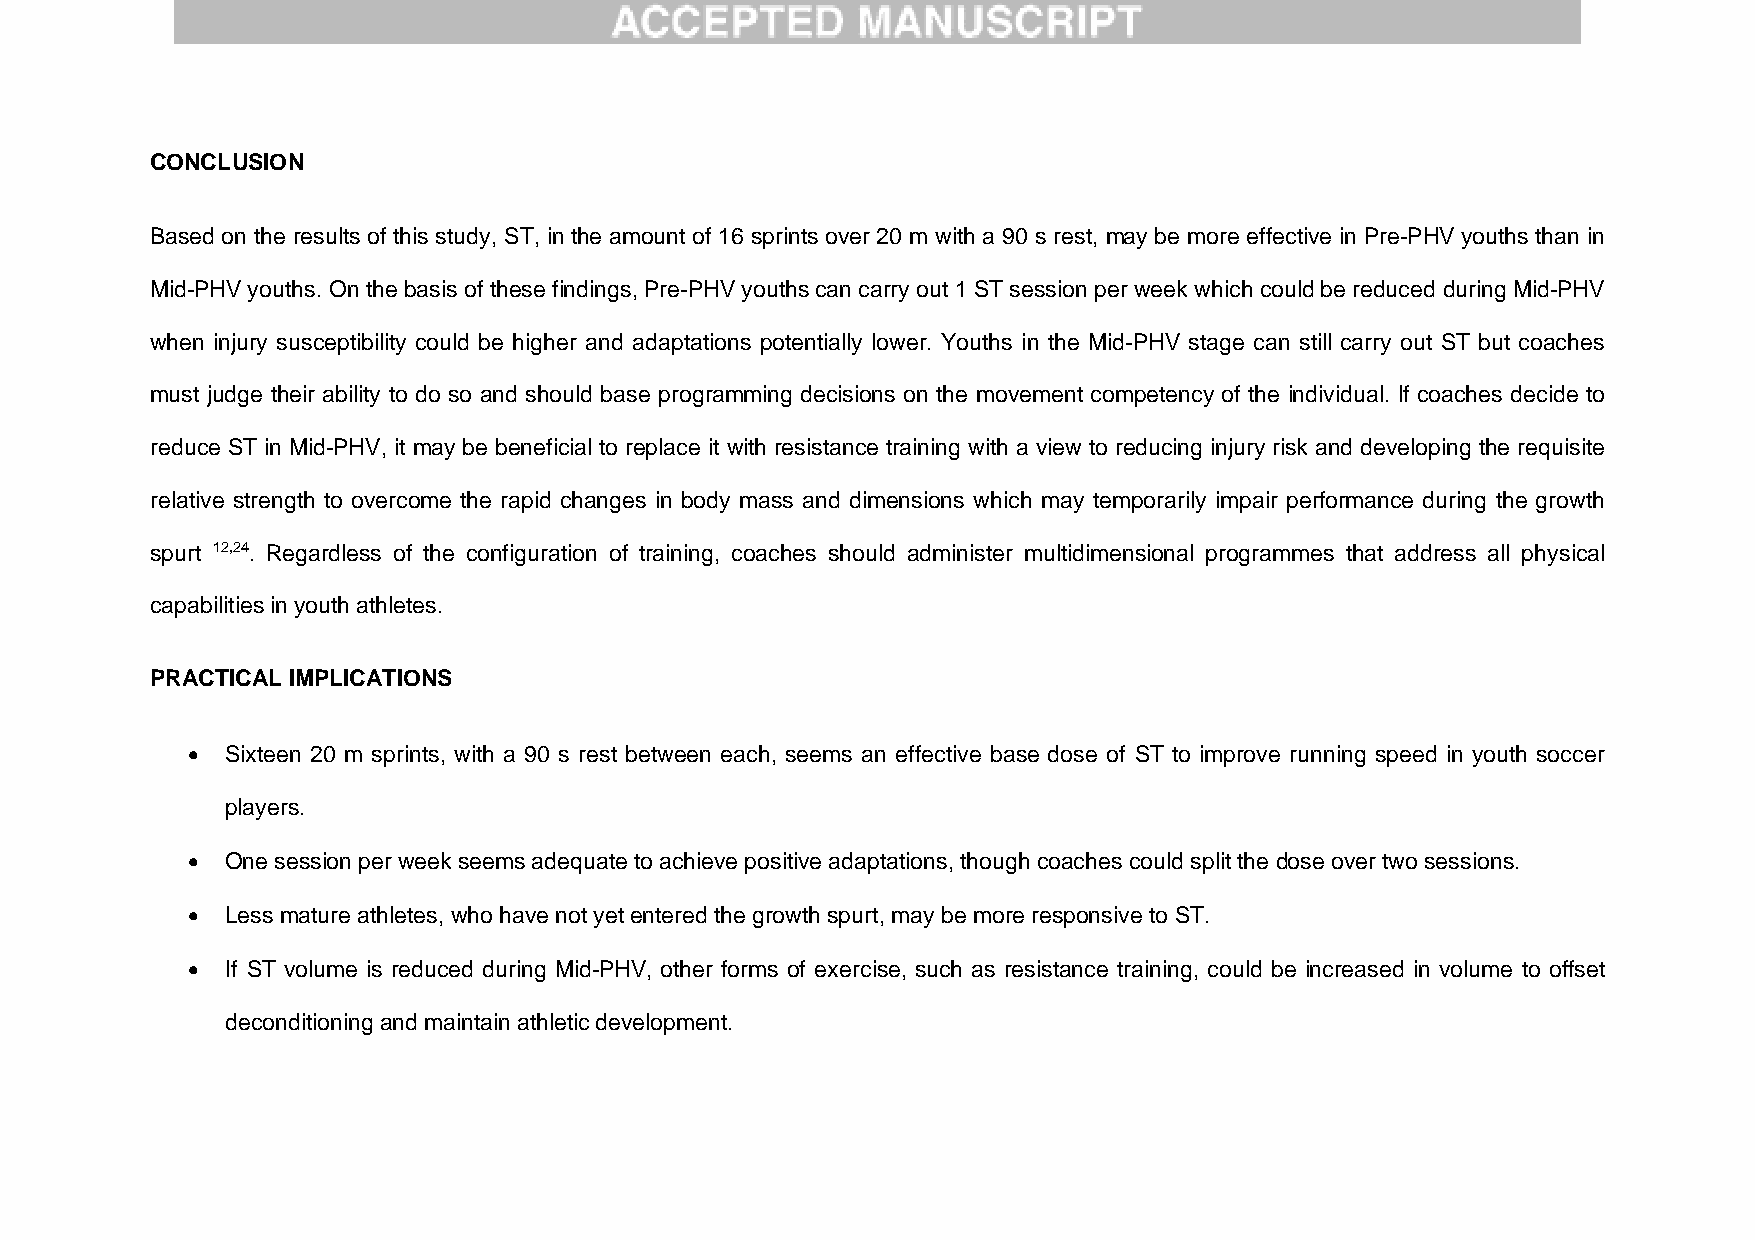
CONCLUSION
 Based on the results of this study, ST, in the amount of 16 sprints over 20 m with a 90 s rest, may be more effective in Pre-PHV youths than in
 Mid-PHV youths. On the basis of these findings, Pre-PHV youths can carry out 1 ST session per week which could be reduced during Mid-PHV
 when injury susceptibility could be higher and adaptations potentially lower. Youths in the Mid-PHV stage can still carry out ST but coaches
 must judge their ability to do so and should base programming decisions on the movement competency of the individual. If coaches decide to
 reduce ST in Mid-PHV, it may be beneficial to replace it with resistance training with a view to reducing injury risk and developing the requisite
 relative strength to overcome the rapid changes in body mass and dimensions which may temporarily impair performance during the growth
 spurt 12,24. Regardless of the configuration of training, coaches should administer multidimensional programmes that address all physical
 capabilities in youth athletes.
 PRACTICAL IMPLICATIONS
   Sixteen 20 m sprints, with a 90 s rest between each, seems an effective base dose of ST to improve running speed in youth soccer
 players.
   One session per week seems adequate to achieve positive adaptations, though coaches could split the dose over two sessions.
   Less mature athletes, who have not yet entered the growth spurt, may be more responsive to ST.
   If ST volume is reduced during Mid-PHV, other forms of exercise, such as resistance training, could be increased in volume to offset
 deconditioning and maintain athletic development.